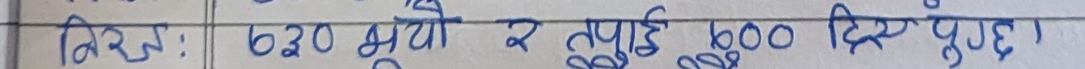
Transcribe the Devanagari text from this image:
निदेश: 620 भुयो र तपाई 600 दिए पुग्छ।